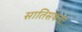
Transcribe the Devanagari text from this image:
सातिसफया